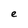
Character: e